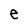
Character: e